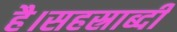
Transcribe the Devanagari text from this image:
है।सहस्राब्दी